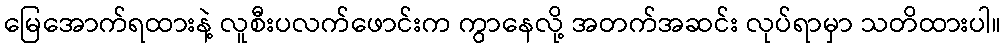
မြေအောက်ရထားနဲ့ လူစီးပလက်ဖောင်းက ကွာနေလို့ အတက်အဆင်း လုပ်ရာမှာ သတိထားပါ။